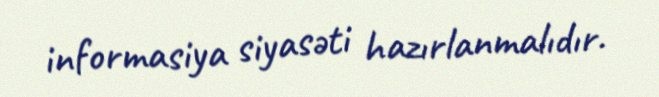
informasiya siyasəti hazırlanmalıdır.